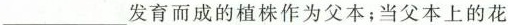
___发育而成的植株作为父本；当父本上的花